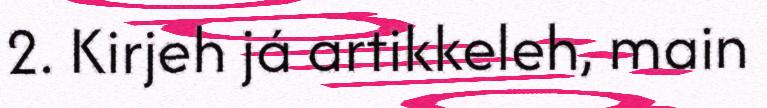
2. Kirjeh já artikkeleh, main